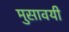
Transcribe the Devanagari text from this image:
मुसावयी